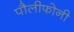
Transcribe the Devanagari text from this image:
पौलीफोनी